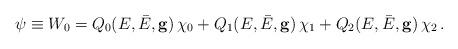
LaTeX: \begin{align*}\psi \equiv W_{0}= Q_{0}(E, \bar{E}, \mathbf{g}) \,\chi_{0} + Q_{1}(E, \bar{E}, \mathbf{g}) \,\chi_{1} + Q_{2}(E, \bar{E}, \mathbf{g}) \,\chi_{2}\,.\end{align*}